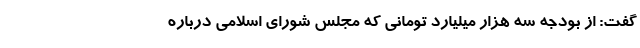
گفت:‌ از بودجه سه هزار میلیارد تومانی که مجلس شورای اسلامی درباره